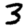
Digit: 3